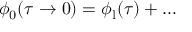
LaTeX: \phi _ { 0 } ( \tau \to 0 ) = \phi _ { \mathrm { l } } ( \tau ) + \ldots